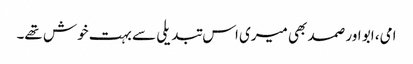
امی، ابو اور صمد بھی میری اس تبدیلی سے بہت خوش تھے۔